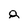
Character: 8